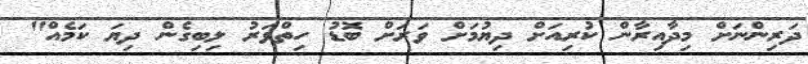
ދަރިންނަށް މިދާއިރާން ކުރިއަށް ދިޔުމަށް ވަރަށް ބޮޑު ހިތްވަރު ލިބިގެން ދިޔަ ކަމެއް"